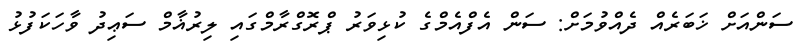
ސަންއަށް ޚަބަރެއް ދެއްވުމަށް: ސަން އެފްއެމްގެ ކުޅިވަރު ޕްރޮގްރާމްގައި ލިރުޣާމް ސަޢިދު ވާހަކަފުޅު